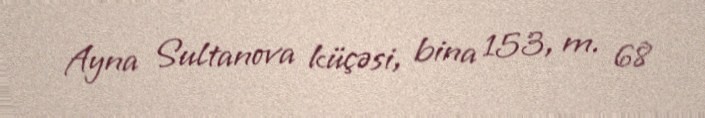
Ayna Sultanova küçəsi, bina 153, m. 68